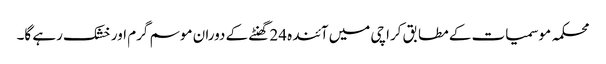
محکمہ موسمیات کے مطابق کراچی میں آئندہ 24 گھنٹے کے دوران موسم گرم اور خشک رہے گا۔